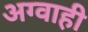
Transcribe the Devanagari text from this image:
अग्वाही